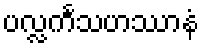
ပလ္လင်္ကသဟဿာနံ